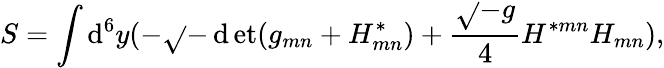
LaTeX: S=\int\mathrm{d}^{6}y(-\sqrt{}{{-\operatorname*{\mathrm{d}et}(g_{mn}+{H}_{mn}^{*})}}+{\frac{{\sqrt{}{{-g}}}}{{4}}}H^{*mn}H_{mn}),